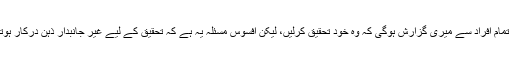
ایسے تمام افراد سے میری گزارش ہوگی کہ وہ خود تحقیق کرلیں، لیکن افسوس مسئلہ یہ ہے کہ تحقیق کے لیے غیر جانبدار ذہن درکار ہوتا ہے۔